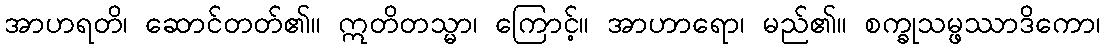
အာဟရတိ၊ ဆောင်တတ်၏။ ဣတိတသ္မာ၊ ကြောင့်။ အာဟာရော၊ မည်၏။ စက္ခုသမ္ဖဿာဒိကော၊